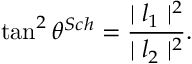
\tan ^ { 2 } { \theta ^ { S c h } } = \frac { \mid { l _ { 1 } } \mid ^ { 2 } } { \mid { l _ { 2 } } \mid ^ { 2 } } .